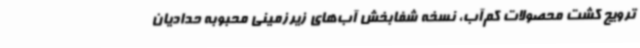
ترویج کشت محصولات کم‌آب، نسخه شفابخش آب‌های زیرزمینی محبوبه حدادیان